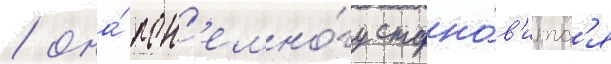
/ она́ пон'емно́гу стано́в'итс'я